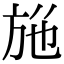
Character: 𭤮